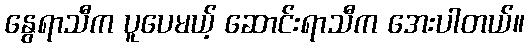
နွေရာသီက ပူပေမယ့် ဆောင်းရာသီက အေးပါတယ်။